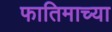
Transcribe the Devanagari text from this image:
फातिमाच्या